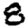
Digit: 8